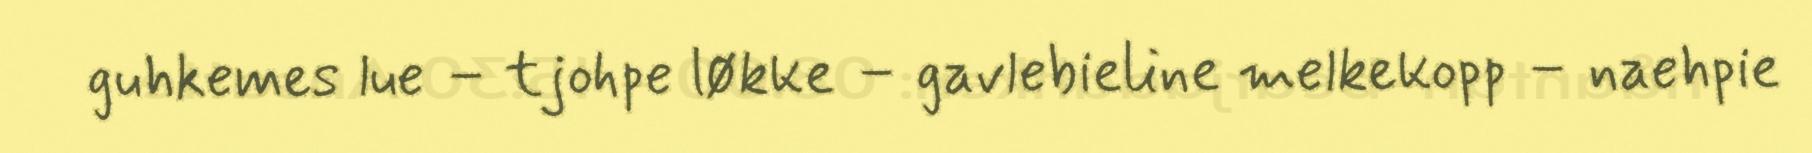
guhkemes lue – tjohpe løkke – gavlebieline melkekopp – naehpie